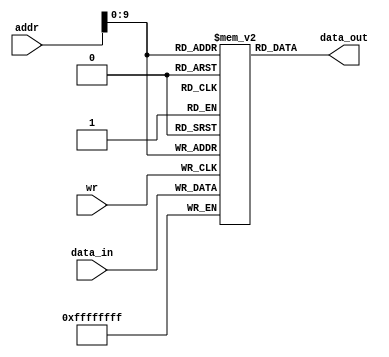
`timescale 1ns / 1ps
//////////////////////////////////////////////////////////////////////////////////
// Company: 
// Engineer: 
// 
// Design Name: 
// Module Name:    Data_Mem 
// Project Name: 
// Target Devices: 
// Tool versions: 
// Description: 
//
// Dependencies: 
//
// Revision: 
// Revision 0.01 - File Created
// Additional Comments: 
//
//////////////////////////////////////////////////////////////////////////////////
module Data_Mem(
    input [31:0] addr,
    input [31:0] data_in,
    input wr,
    output [31:0] data_out
    );


  reg[31:0] Data[0:1023];
  
  assign data_out=Data[addr];

always@(posedge wr)
Data[addr] = data_in;
 

endmodule